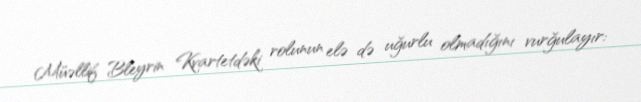
Müəllif Bleyrin Kvartetdəki rolunun elə də uğurlu olmadığını vurğulayır: